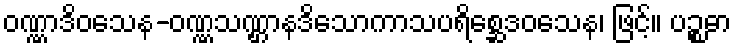
ဝဏ္ဏာဒိဝသေန-ဝဏ္ဏသဏ္ဌာနဒိသောကာသပရိစ္ဆေဒဝသေန၊ ဖြင့်။ ပဉ္စဓာ